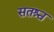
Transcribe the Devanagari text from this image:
सतश्च